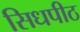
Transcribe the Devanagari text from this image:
सिधपीठ